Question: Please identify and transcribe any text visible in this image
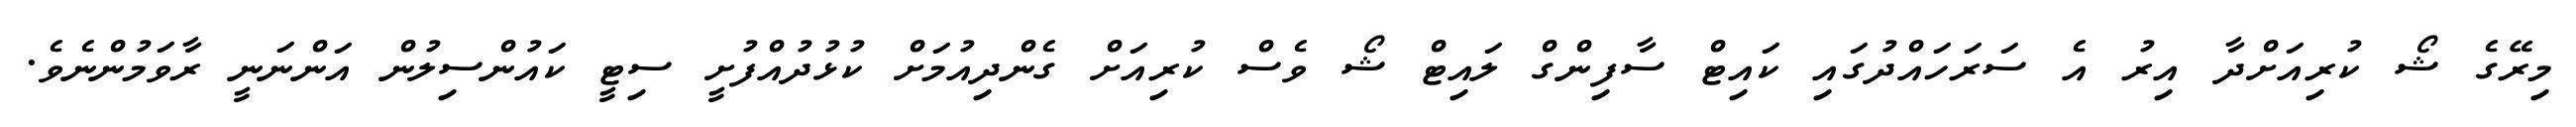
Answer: މިރޭގެ ޝޯ ކުރިއަށްދާ އިރު އެ ސަރަހައްދުގައި ކައިޓް ސާފިންގް ލައިޓް ޝޯ ވެސް ކުރިއަށް ގެންދިއުމަށް ކުޅުދުއްފުށީ ސިޓީ ކައުންސިލުން އަންނަނީ ރާވަމުންނެވެ.